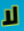
لا